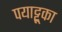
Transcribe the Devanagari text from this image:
पयाट्टूका